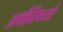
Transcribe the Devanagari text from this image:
अर्थविषयों